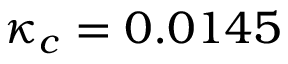
\kappa _ { c } = 0 . 0 1 4 5